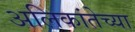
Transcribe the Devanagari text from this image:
अलिकांतेच्या